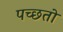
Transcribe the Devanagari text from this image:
पच्छतो